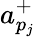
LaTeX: a_{p_{j}}^{+}